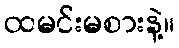
ထမင်းမစားနဲ့။